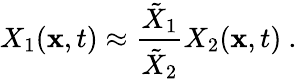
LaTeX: X_{1}(\mathbf{x},t)\approx\frac{{\tilde{{X}}_{1}}}{{\tilde{{X}}_{2}}}X_{2}(\mathbf{x},t)~.